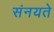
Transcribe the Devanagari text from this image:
संनयते